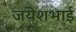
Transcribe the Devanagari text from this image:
जयेशभाई